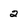
Character: 2